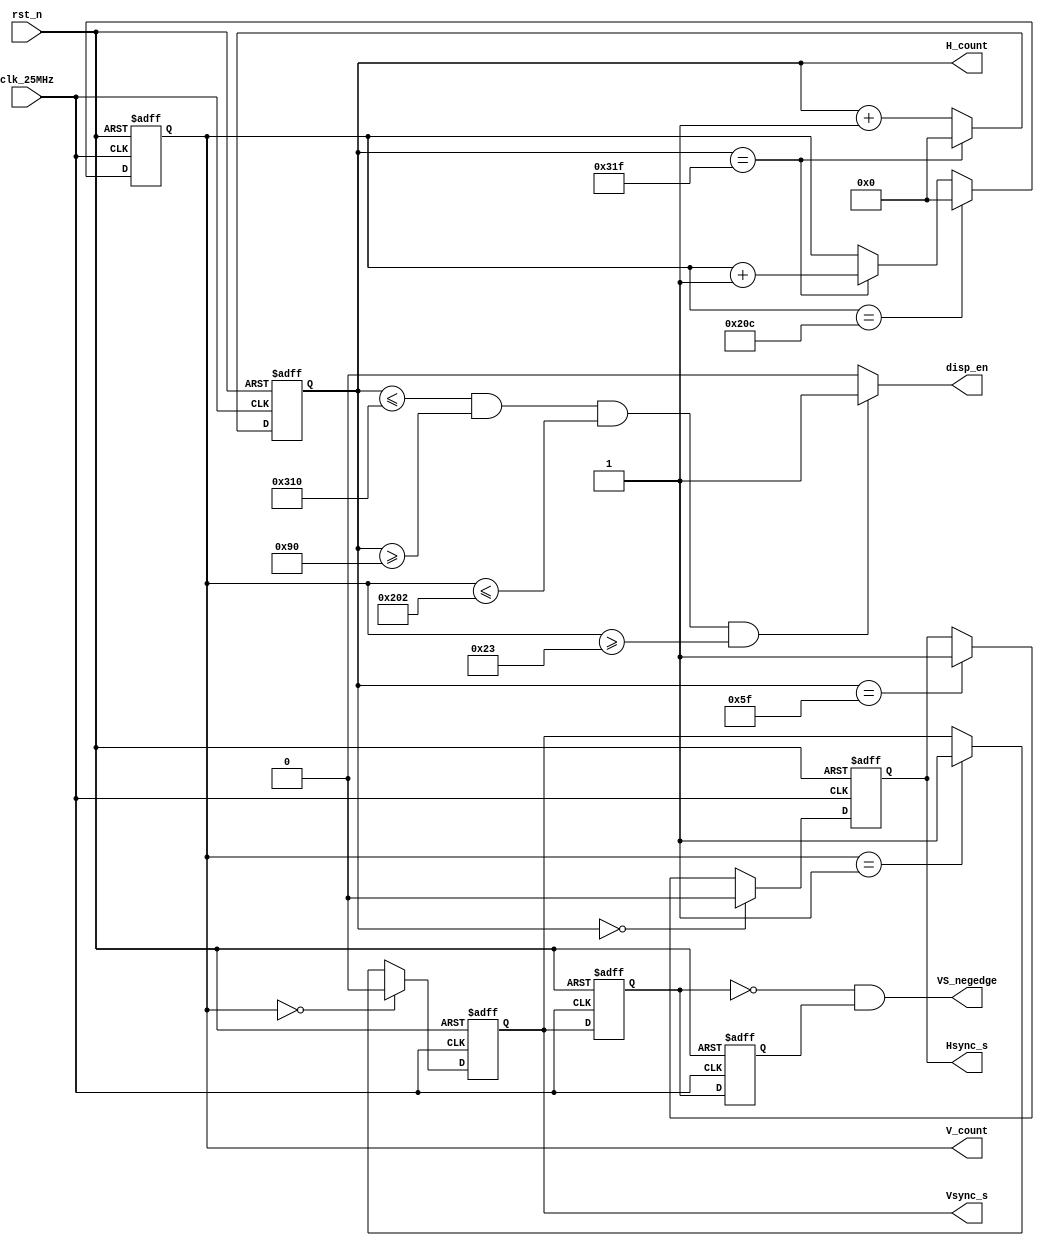
`timescale 1ns / 1ps
//////////////////////////////////////////////////////////////////////////////////
// Company: 
// Engineer: 
// 
// Design Name: 
// Module Name: VGA_driver
// Project Name: 
// Target Devices: 
// Tool Versions: 
// Description: 
// 
// Dependencies: 
// 
// Revision:
// Revision 0.01 - File Created
// Additional Comments:
// 
//////////////////////////////////////////////////////////////////////////////////
module VGA_sync(
    input clk_25MHz,                //VGA
    input rst_n,                    //VGA
    output Hsync_s,                 //                      
    output Vsync_s,                 // 
    output disp_en,                 //
    output reg [11:0] H_count, //                              
    output reg [11:0] V_count,//  
    output VS_negedge           //
);

parameter H_Total = 800;           //                       
parameter H_Sync = 96;             //Sync a              
parameter H_Back = 48;             //Back porch b         
parameter H_Disp = 640;            //Display interval c  
parameter H_Front = 16;            //Front porch d        
parameter H_Start = 144;           //+     
parameter H_End = 784;             //-   


// 640*480 VGA
parameter V_Total = 525;          //               
parameter V_Sync = 2;             //Sync o      
parameter V_Back = 33;            //Back porch p 
parameter V_Disp = 480;           //Display inter
parameter V_Front = 11;           //Front porch r
parameter V_Start = 35;           //       
parameter V_End = 514;            //

//                                                     
                            
reg H_Sync_r;            ///     
reg V_Sync_r; 

reg VS_reg1, VS_reg2;       //1->0

// 
always @ (posedge clk_25MHz ,negedge rst_n)
       if(!rst_n)    
            H_count <= 0;
       else if(H_count == H_Total - 1) 
            H_count <= 0;
       else 
            H_count <= H_count + 1;

// hsync,H_Sync_valid
always @ (posedge clk_25MHz, negedge rst_n)
   begin
       if(!rst_n) 
            H_Sync_r <= 1'b1;
       else if(H_count == 0) 
            H_Sync_r <= 1'b0;            //hsync
       else if(H_count == H_Sync - 1) 
            H_Sync_r <= 1'b1;
	end
	
// 
always @ (posedge clk_25MHz,negedge rst_n)
       if(!rst_n) 
            V_count <= 0;
       else if(V_count == V_Total - 1) 
            V_count <= 0;
       else if(H_count == H_Total - 1) 
            V_count <= V_count + 1;
       
// vsync, V_Sync_valid
always @ (posedge clk_25MHz,negedge rst_n)
  begin
       if(!rst_n) 
            V_Sync_r <= 1'b1;
       else if(V_count == 0) 
            V_Sync_r <= 1'b0;    //vsync
       else if(V_count == V_Sync - 1) 
            V_Sync_r <= 1'b1;
  end
                                 
  //
  always @ (posedge clk_25MHz, negedge rst_n)
  begin
      if(!rst_n)
      begin
          VS_reg1 <= 0;
          VS_reg2 <= 0;
      end
      else
      begin
          VS_reg1 <= Vsync_s;
          VS_reg2 <= VS_reg1;     //reg1clkVSreg2clkVS
      end
  end
  
 assign Hsync_s = H_Sync_r;
 assign Vsync_s = V_Sync_r;  
 assign VS_negedge = ~VS_reg1 & VS_reg2; //~&VS101

  //
  assign disp_en = (H_count <= H_End) && (H_count >= H_Start) && (V_count <= V_End) && (V_count >= V_Start) ? 1'b1 : 1'b0;
  
endmodule